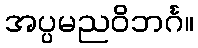
အပ္ပမညဝိဘင်္ဂ။